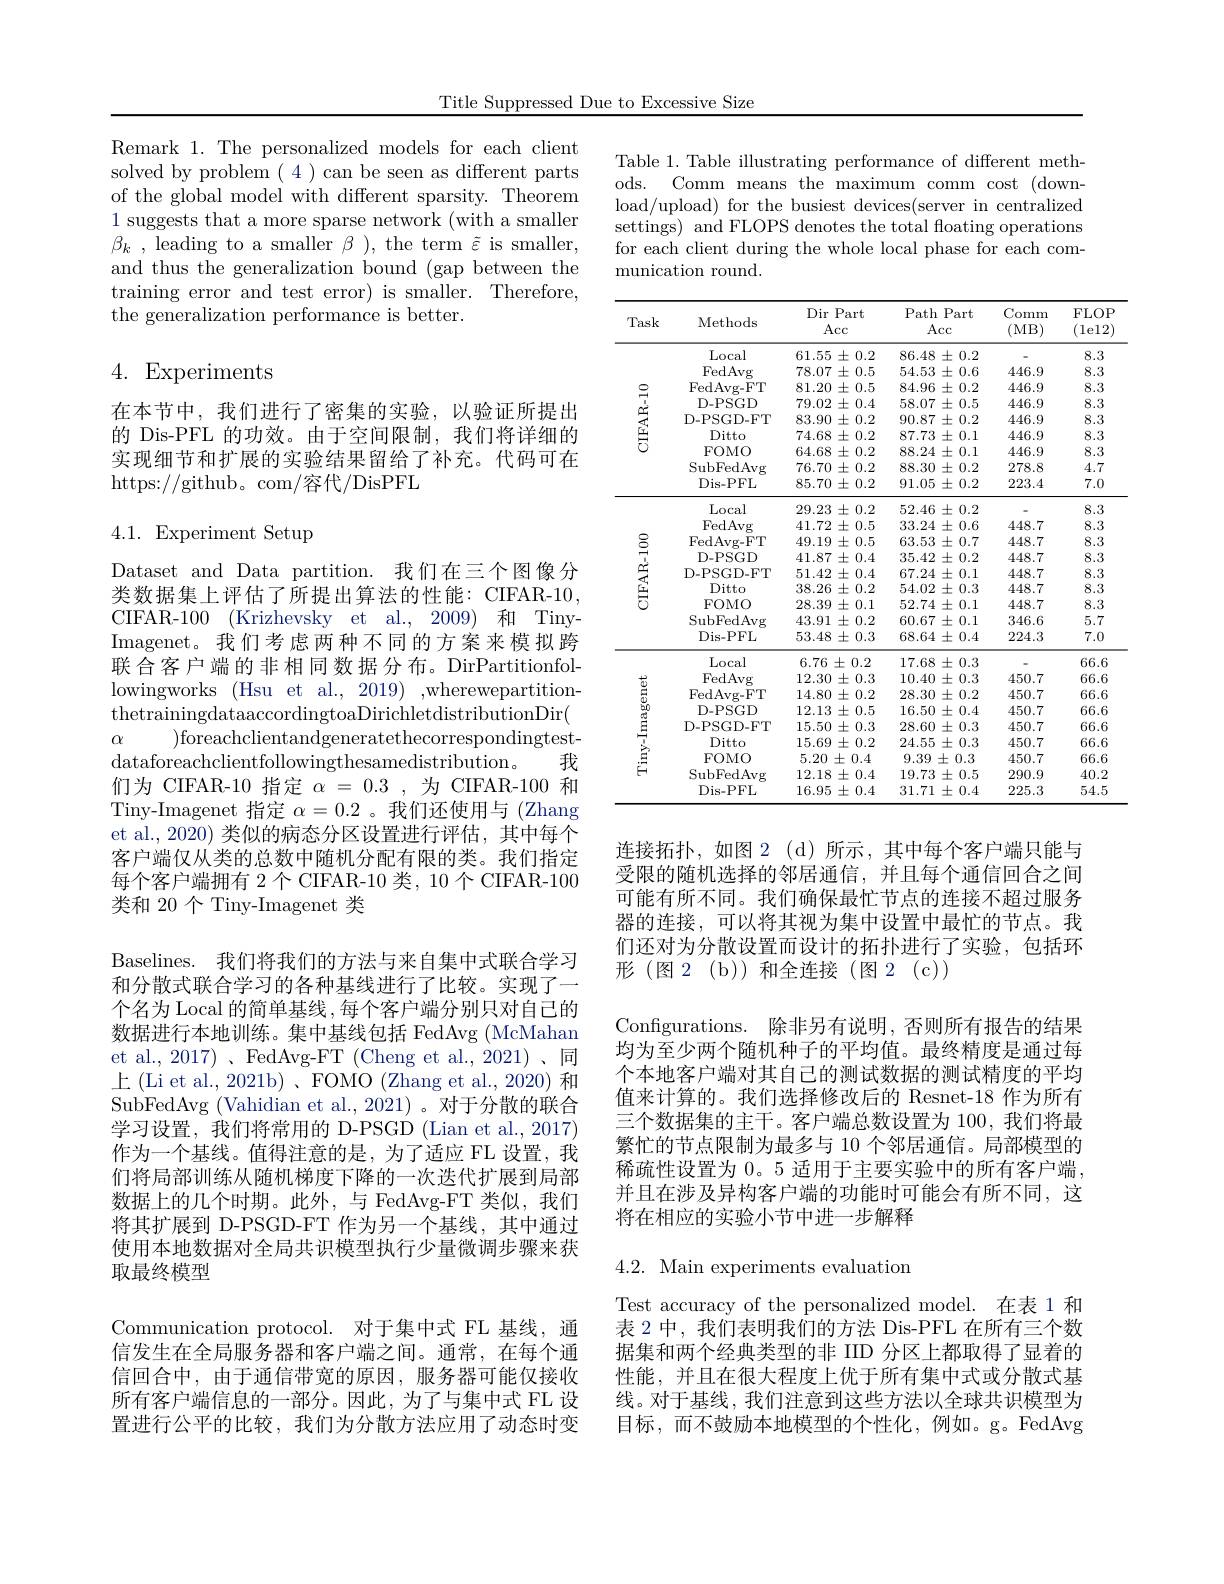
Title Suppressed Due to Excessive Size

Remark 1. The personalized models for each client solved by problem (4)can be seen as different parts of the global model with different sparsity. Theorem 1 suggests that a more sparse network (with a smaller $\beta _{k}$ , leading to a smaller $\beta$ ), the term $\tilde{\varepsilon}$ is smaller, and thus the generalization bound (gap between the training error and test error) is smaller. Therefore, the generalization performance is better.

## 4. Experiments

在本节中，我们进行了密集的实验，以验证所提出的 Dis-PFL 的功效。由于空间限制，我们将详细的实现细节和扩展的实验结果留给了补充。代码可在https://github。com/容代/DisPFL

4.1. Experiment Setup

Dataset and Data partition. 我们在三个图像分类数据集上评估了所提出算法的性能：CIFAR-10, CIFAR-100 (Krizhevsky et al., 2009) 和 TinyImagenet。我们考虑两种不同的方案来模拟跨联合客户端的非相同数据分布。DirPartitionfollowingworks (Hsu et al., 2019) ,wherewepartitionthetrainingdataaccordingtoaDirichletdistributionDir(
)foreachclientandgeneratethecorrespondingtest-
$\alpha$
我
dataforeachclientfollowingthesamedistribution。
们为 CIFAR-10 指定$\alpha=0.3$,为 CIFAR-100 和Tiny-Imagenet 指定$\alpha=0.2$ 。我们还使用与 (Zhang et al., 2020) 类似的病态分区设置进行评估，其中每个客户端仅从类的总数中随机分配有限的类。我们指定每个客户端拥有 2个 CIFAR-10 类，10 个 CIFAR-100类和 20 个 Tiny-Imagenet 类
Baselines. 我们将我们的方法与来自集中式联合学习和分散式联合学习的各种基线进行了比较。实现了一个名为 Local 的简单基线 ,每个客户端分别只对自己的数据进行本地训练。集中基线包括 FedAvg (McMahan et al., 2017)、FedAvg-FT (Cheng et al., 2021)、同上 (Li et al., 2021b) 、FOMO (Zhang et al., 2020) 和SubFedAvg (Vahidian et al., 2021) 。对于分散的联合学习设置，我们将常用的 D-PSGD (Lian et al., 2017) 作为一个基线。值得注意的是，为了适应 FL 设置，我们将局部训练从随机梯度下降的一次迭代扩展到局部数据上的几个时期。此外，与 FedAvg-FT 类似，我们将其扩展到 D-PSGD-FT 作为另一个基线，其中通过使用本地数据对全局共识模型执行少量微调步骤来获取最终模型
Communication protocol. 对于集中式 FL 基线，通信发生在全局服务器和客户端之间。通常，在每个通信回合中，由于通信带宽的原因，服务器可能仅接收所有客户端信息的一部分。因此，为了与集中式 FL 设置进行公平的比较，我们为分散方法应用了动态时变

Table 1. Table illustrating performance of different methods. Comm means the maximum comm cost (download/upload) for the busiest devices(server in centralized settings) and FLOPS denotes the total floating operations for each client during the whole local phase for each communication round.

<table>
	<tbody>
		<tr>
			<th>Task</th>
			<th>Methods</th>
			<th>Dir Part $\operatorname{Acc}$</th>
			<th>Path Part 1 $\operatorname{Acc}$</th>
			<th>Comm (MB)</th>
			<th>FLOP ${\text{lel}2}$ 1</th>
		</tr>
		<tr>
			<td rowspan="9">CIFAR- 10</td>
			<td>Local</td>
			<td>61.55 $\pm0.2$</td>
			<td>$86.48\pm0.2$</td>
			<td> </td>
			<td>8.3</td>
		</tr>
		<tr>
			<td>FedAvg</td>
			<td>$78.07\pm0.5$</td>
			<td>$54.53\pm0.6$</td>
			<td>446.9</td>
			<td>8.3</td>
		</tr>
		<tr>
			<td>FedAvg-FT</td>
			<td>$81.20\pm0.5$</td>
			<td>$84.96\pm0.2$</td>
			<td>446.9</td>
			<td>8.3</td>
		</tr>
		<tr>
			<td>D- PSGD</td>
			<td>79.02 $2\pm0.4$</td>
			<td>$58.07\pm0.5$</td>
			<td>446.9</td>
			<td>8.3</td>
		</tr>
		<tr>
			<td>D-PSGD-FT</td>
			<td>$83.90\pm0.2$</td>
			<td>$90.87\pm0.2$</td>
			<td>446.9</td>
			<td>8.3</td>
		</tr>
		<tr>
			<td>Ditto</td>
			<td>$74.68\pm0.2$</td>
			<td>$87.73\pm0.1$</td>
			<td>446.9</td>
			<td>8.3</td>
		</tr>
		<tr>
			<td>FOMO</td>
			<td>$64.68\pm0.2$</td>
			<td>$88.24\pm0.1$</td>
			<td>446.9</td>
			<td>8.3</td>
		</tr>
		<tr>
			<td>$\operatorname{SubFedAvg}$</td>
			<td>$76.70\pm0.2$</td>
			<td>$88.30\pm0.2$</td>
			<td>278.8</td>
			<td>4.7</td>
		</tr>
		<tr>
			<td>Dis- PFL</td>
			<td>$85.70\pm0.2$</td>
			<td>$91.05\pm0.2$</td>
			<td>223.4</td>
			<td>7.0</td>
		</tr>
		<tr>
			<td rowspan="9">CIFAR-100</td>
			<td>Local</td>
			<td>29.23 $\pm0.2$ </td>
			<td>$52.46\pm0.2$</td>
			<td> </td>
			<td>8.3</td>
		</tr>
		<tr>
			<td>FedAvg</td>
			<td>41.72 $\pm0.5$</td>
			<td>$33.24\pm0.6$</td>
			<td>448.7</td>
			<td>8.3</td>
		</tr>
		<tr>
			<td>FedAvg- FT</td>
			<td>49.19 $\pm0.5$</td>
			<td>$63.53\pm0.7$</td>
			<td>448.7</td>
			<td>8.3</td>
		</tr>
		<tr>
			<td>D- PSGD</td>
			<td>41.87 $\pm0.4$ </td>
			<td>35.42 $2\pm0.2$</td>
			<td>448.7</td>
			<td>8.3</td>
		</tr>
		<tr>
			<td>D-PSGD-FT</td>
			<td>51.42 $2\pm0.4$</td>
			<td>$67.24\pm0.1$</td>
			<td>448.7</td>
			<td>8.3</td>
		</tr>
		<tr>
			<td>Ditto</td>
			<td>38.26 $6\pm0.2$</td>
			<td>$54.02\pm0.3$</td>
			<td>448.7</td>
			<td>8.3</td>
		</tr>
		<tr>
			<td>FOMO</td>
			<td>28.39 $\pm0.1$</td>
			<td>$52.74\pm0.1$</td>
			<td>448.7</td>
			<td>8.3</td>
		</tr>
		<tr>
			<td>SubFedAvg</td>
			<td>43.91 $\pm0.2$</td>
			<td>$60.67\pm0.1$</td>
			<td>346.6</td>
			<td>5.7</td>
		</tr>
		<tr>
			<td>Dis- PFL</td>
			<td>$53.48\pm0.3$</td>
			<td>$68.64\pm0.4$</td>
			<td>224.3</td>
			<td>7.0</td>
		</tr>
		<tr>
			<td rowspan="9">Tiny- Imagenet</td>
			<td>Local</td>
			<td>$6.76\pm0.2$</td>
			<td>17.68 $8\pm0.3$ 、 </td>
			<td> </td>
			<td>66.6</td>
		</tr>
		<tr>
			<td>FedAvg</td>
			<td>12.30 $\pm0.3$ $w$</td>
			<td>$10.40\pm0.3$</td>
			<td>450.7</td>
			<td>66.6</td>
		</tr>
		<tr>
			<td>FedAvg-FT</td>
			<td>$14.80\pm0.2$</td>
			<td>$28.30\pm0.2$</td>
			<td>450.7</td>
			<td>66.6</td>
		</tr>
		<tr>
			<td>D- PSGD</td>
			<td>12.13 $\pm0.5$ -</td>
			<td>$16.50\pm0.4$</td>
			<td>450.7</td>
			<td>66.6</td>
		</tr>
		<tr>
			<td>D-PSGD-FT</td>
			<td>15.50 $\pm0.3$</td>
			<td>$28.60\pm0.3$</td>
			<td>450.7</td>
			<td>66.6</td>
		</tr>
		<tr>
			<td>Ditto</td>
			<td>15.69 $0\pm0.2$ </td>
			<td>$24.55\pm0.3$</td>
			<td>450.7</td>
			<td>66.6</td>
		</tr>
		<tr>
			<td>FOMO</td>
			<td>$5.20\pm0.4$</td>
			<td>9.39 $9\pm0.3$</td>
			<td>450.7</td>
			<td>66.6</td>
		</tr>
		<tr>
			<td>SubFedAvg</td>
			<td>12.18 $8\pm0.4$</td>
			<td>$19.73\pm0.5$</td>
			<td>290.9</td>
			<td>40.2</td>
		</tr>
		<tr>
			<td>Dis- PFL</td>
			<td>16.95 $\pm0.4$ e</td>
			<td>$31.71\pm0.4$</td>
			<td>225.3</td>
			<td>54.5</td>
		</tr>
	</tbody>
</table>

连接拓扑，如图 2(d)所示，其中每个客户端只能与受限的随机选择的邻居通信，并且每个通信回合之间可能有所不同。我们确保最忙节点的连接不超过服务器的连接，可以将其视为集中设置中最忙的节点。我们还对为分散设置而设计的拓扑进行了实验，包括环形(图2(b))和全连接(图2(c))
Configurations. 除非另有说明，否则所有报告的结果均为至少两个随机种子的平均值。最终精度是通过每个本地客户端对其自己的测试数据的测试精度的平均值来计算的。我们选择修改后的 Resnet-18 作为所有三个数据集的主干。客户端总数设置为 100,我们将最繁忙的节点限制为最多与 10 个邻居通信。局部模型的稀疏性设置为0。5 适用于主要实验中的所有客户端， 并且在涉及异构客户端的功能时可能会有所不同，这将在相应的实验小节中进一步解释

$4.2.{\mathrm{~Main~experiments~evaluation}}$

Test accuracy of the personalized model. 在表 1 和表 2 中，我们表明我们的方法 Dis-PFL 在所有三个数据集和两个经典类型的非 IID 分区上都取得了显着的性能，并且在很大程度上优于所有集中式或分散式基线。对于基线，我们注意到这些方法以全球共识模型为目标，而不鼓励本地模型的个性化，例如。g。FedAvg